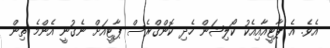
އެވެ. އެ ޕާޓީއާއިއެކު ކޯލިޝަން ހެދި ކޮންގްރެސް ޕާޓީއަށް ނެގުނީ އެންމެ ތިން